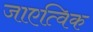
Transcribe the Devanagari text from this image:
जाएत्विक